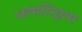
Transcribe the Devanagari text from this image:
अल्गोरिझम